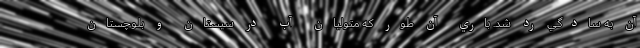
آن به سادگي رد شد. باري آن طور كه متوليان آب در سيستان و بلوچستان